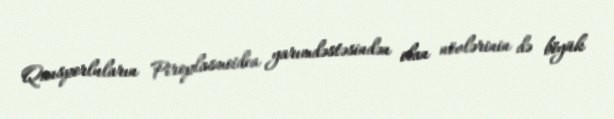
Qansporluların Piroplasmoidea yarımdəstəsindən olan növlərinin də böyük